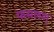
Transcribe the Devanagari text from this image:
फसलश्